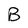
Character: B